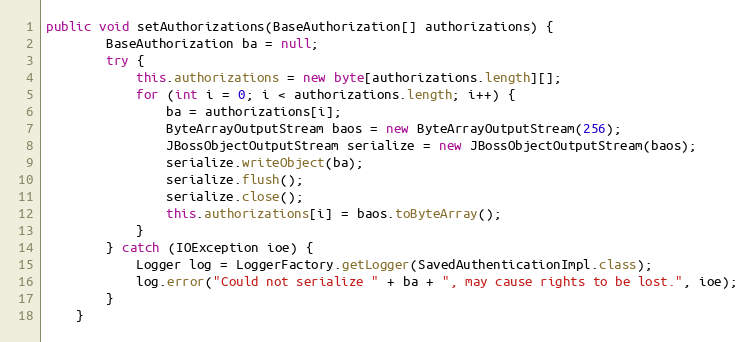
Language: Java
public void setAuthorizations(BaseAuthorization[] authorizations) {
		BaseAuthorization ba = null;
		try {
			this.authorizations = new byte[authorizations.length][];
			for (int i = 0; i < authorizations.length; i++) {
				ba = authorizations[i];
				ByteArrayOutputStream baos = new ByteArrayOutputStream(256);
				JBossObjectOutputStream serialize = new JBossObjectOutputStream(baos);
				serialize.writeObject(ba);
				serialize.flush();
				serialize.close();
				this.authorizations[i] = baos.toByteArray();
			}
		} catch (IOException ioe) {
			Logger log = LoggerFactory.getLogger(SavedAuthenticationImpl.class);
			log.error("Could not serialize " + ba + ", may cause rights to be lost.", ioe);
		}
	}